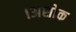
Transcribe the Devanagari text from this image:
।अशोक